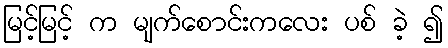
မြင့်မြင့် က မျက်စောင်းကလေး ပစ် ခဲ့ ၍